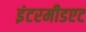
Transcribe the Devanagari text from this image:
इंटरमीडएट